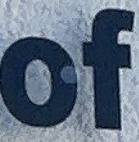
of